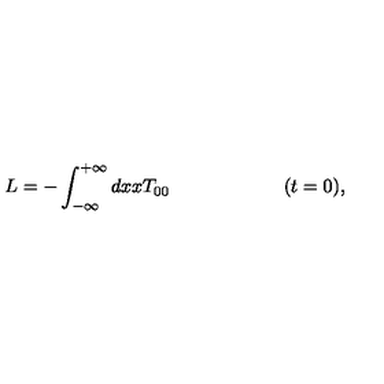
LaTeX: L = - \int _ { - \infty } ^ { + \infty } d x x T _ { 0 0 } \qquad \qquad \qquad ( t = 0 ) ,